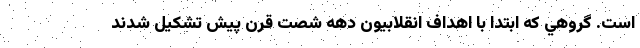
است. گروهي كه ابتدا با اهداف انقلابيون دهه شصت قرن پيش تشكيل شدند